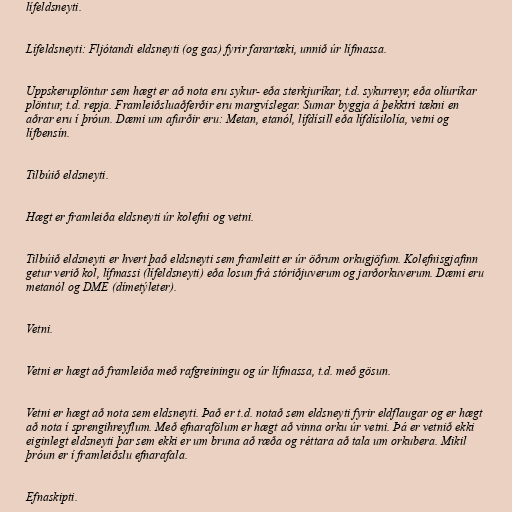
lífeldsneyti.

Lífeldsneyti: Fljótandi eldsneyti (og gas) fyrir farartæki, unnið úr lífmassa.

Uppskeruplöntur sem hægt er að nota eru sykur- eða sterkjuríkar, t.d. sykurreyr, eða olíuríkar
plöntur, t.d. repja. Framleiðsluaðferðir eru margvíslegar. Sumar byggja á þekktri tækni en
aðrar eru í þróun. Dæmi um afurðir eru: Metan, etanól, lífdísill eða lífdísilolía, vetni og
lífbensín.

Tilbúið eldsneyti.

Hægt er framleiða eldsneyti úr kolefni og vetni.

Tilbúið eldsneyti er hvert það eldsneyti sem framleitt er úr öðrum orkugjöfum. Kolefnisgjafinn
getur verið kol, lífmassi (lífeldsneyti) eða losun frá stóriðjuverum og jarðorkuverum. Dæmi eru
metanól og DME (dímetýleter).

Vetni.

Vetni er hægt að framleiða með rafgreiningu og úr lífmassa, t.d. með gösun.

Vetni er hægt að nota sem eldsneyti. Það er t.d. notað sem eldsneyti fyrir eldflaugar og er hægt
að nota í sprengihreyflum. Með efnarafölum er hægt að vinna orku úr vetni. Þá er vetnið ekki
eiginlegt eldsneyti þar sem ekki er um bruna að ræða og réttara að tala um orkubera. Mikil
þróun er í framleiðslu efnarafala.

Efnaskipti.